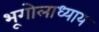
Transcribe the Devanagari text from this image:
भूगोलाध्याय